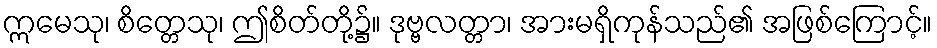
ဣမေသု၊ စိတ္တေသု၊ ဤစိတ်တို့၌။ ဒုဗ္ဗလတ္တာ၊ အားမရှိကုန်သည်၏ အဖြစ်ကြောင့်။